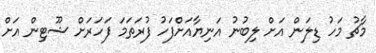
މާޗު މަހު ޑިލަން އަށް ލިބުނު އަނިޔާއަށްފަހު ފުރަތަމަ ފަހަރަށް ޝޫޓިން އަށް